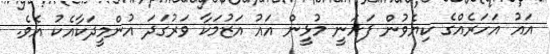
އައު އަހަރެއްގެ ކިޔެވުން ފަށަނީ މުޅީން އައު އަޒުމަކާ ވަރުގަދަ އުންމީދަކާއެކު އެވެ.